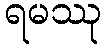
ရမဿု